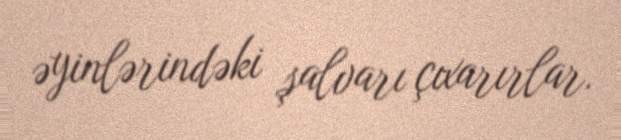
əyinlərindəki şalvarı çıxarırlar.